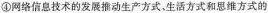
④网络信息技术的发展推动生产方式。生活方式和思维方式的